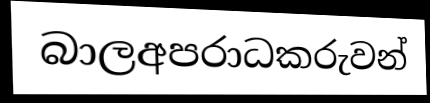
බාලඅපරාධකරුවන්